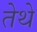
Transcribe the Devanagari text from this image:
तेेथे